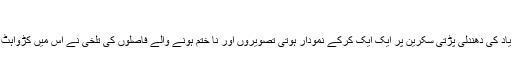
‘‘
اس کی یاد کی دھندلی پڑتی سکرین پر ایک ایک کرکے نمودار ہوتی تصویروں اور نا ختم ہونے والے فاصلوں کی تلخی نے اس میں کڑواہٹ بھردی۔